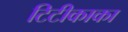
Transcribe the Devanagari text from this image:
टिटीकाका